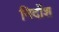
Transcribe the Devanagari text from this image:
निर्दोश